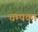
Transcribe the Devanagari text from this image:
चम्पका